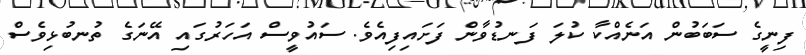
ފިނީގެ ސަބަބުން އަނެއްކާ ކުލަ ފަނޑުވާން ފަށައިފިއެވެ. ސައުވީސް އަހަރުގައި އޭނަގެ ތުނބުޅިވެސް